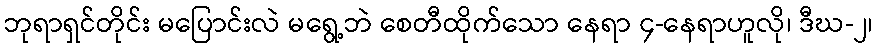
ဘုရာရှင်တိုင်း မပြောင်းလဲ မရွေ့ဘဲ စေတီထိုက်သော နေရာ ၄-နေရာဟူလို၊ ဒီဃ-၂၊